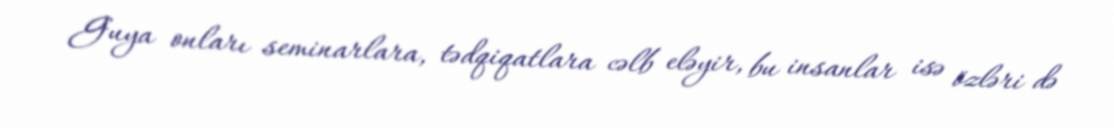
Guya onları seminarlara, tədqiqatlara cəlb eləyir, bu insanlar isə özləri də